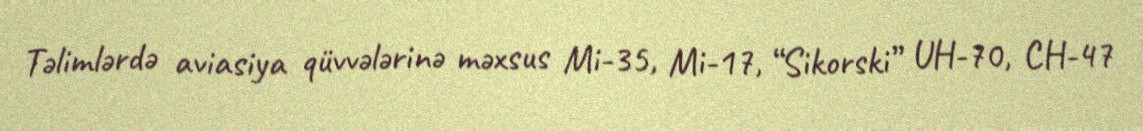
Təlimlərdə aviasiya qüvvələrinə məxsus Mi-35, Mi-17, “Sikorski” UH-70, CH-47